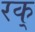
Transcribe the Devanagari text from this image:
रक्